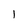
Character: l